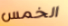
الخمس